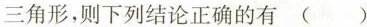
三角形，则下列结论正确的有( )